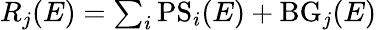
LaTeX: \begin{array}{r}{R_{j}(E)=\sum_{i}\mathrm{PS}_{i}(E)+\mathrm{BG}_{j}(E)}\end{array}